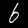
Digit: 6